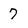
Character: 7